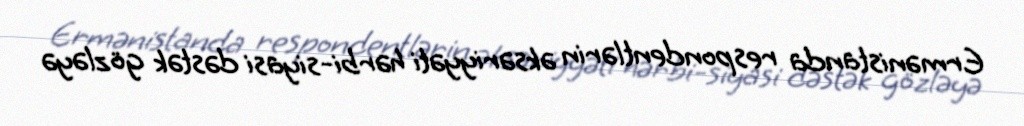
Ermənistanda respondentlərin əksəriyyəti hərbi-siyasi dəstək gözləyə